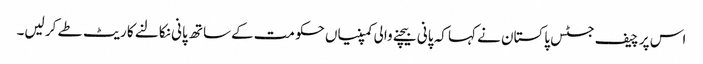
اس پر چیف جسٹس پاکستان نے کہا کہ پانی بیچنے والی کمپنیاں حکومت کےساتھ پانی نکالنے کا ریٹ طے کر لیں۔